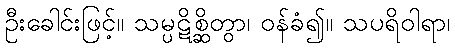
ဦးခေါင်းဖြင့်။ သမ္ပဋိစ္ဆိတွာ၊ ဝန်ခံ၍။ သပရိဝါရာ၊